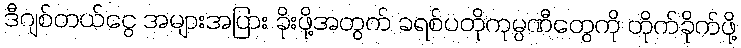
ဒီဂျစ်တယ်ငွေ အများအပြား ခိုးဖို့အတွက် ခရစ်ပတိုကုမ္ပဏီတွေကို တိုက်ခိုက်ဖို့